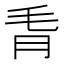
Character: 𪵗